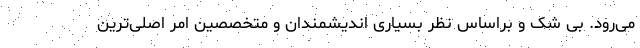
می‌رود. بی شک و براساس نظر بسیاری اندیشمندان و متخصصین امر اصلی‌ترین